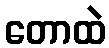
တောထဲ